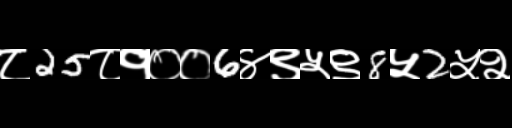
Text: ८25८१००6४९५९8५2५२